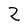
Character: Z